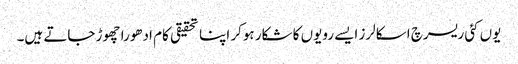
یوں کئی ریسرچ اسکالرز ایسے رویوں کا شکار ہوکر اپنا تحقیقی کام ادھورا چھوڑ جاتے ہیں۔